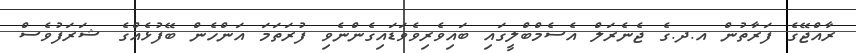
ރާއްޖޭގެ ފަރާތުން އ.ދ.ގެ ޖެނެރަލް އެސެމްބްލީގައި ބައިވެރިވެވަޑައިގެންނެވި ފުރަތަމަ އަންހެން ބޭފުޅެއްގެ ޝަރަފުވެސް